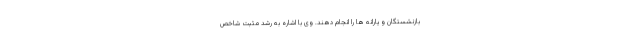
بازنشستگان و یارانه ها را انجام دهند. وی با اشاره به رشد مثبت شاخص